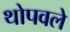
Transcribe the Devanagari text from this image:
थोपवले